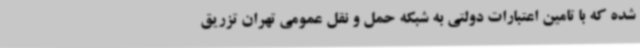
شده که با تامین اعتبارات دولتی به شبکه حمل و نقل عمومی تهران تزریق